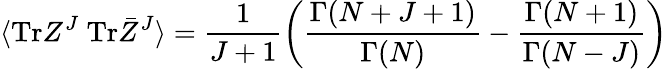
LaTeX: \langle\mathrm{Tr}Z^{J}~\mathrm{Tr}\bar{Z}^{J}\rangle=\frac{1}{J+1}\left(\frac{\Gamma(N+J+1)}{\Gamma(N)}-\frac{\Gamma(N+1)}{\Gamma(N-J)}\right)